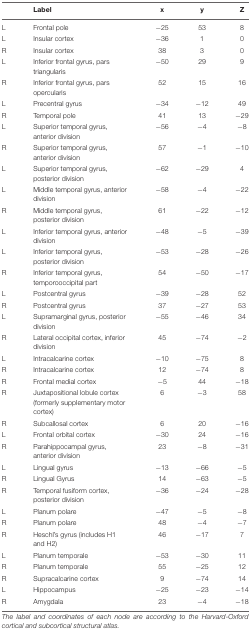
<table><thead><tr><td></td><td><b>Label</b></td><td><b>x</b></td><td><b>y</b></td><td><b>Z</b></td></tr></thead><tbody><tr><td>L</td><td>Frontal pole</td><td>–25</td><td>53</td><td>8</td></tr><tr><td>L</td><td>Insular cortex</td><td>–36</td><td>1</td><td>0</td></tr><tr><td>R</td><td>Insular cortex</td><td>38</td><td>3</td><td>0</td></tr><tr><td>L</td><td>Inferior frontal gyrus, pars triangularis</td><td>–50</td><td>29</td><td>9</td></tr><tr><td>R</td><td>Inferior frontal gyrus, pars opercularis</td><td>52</td><td>15</td><td>16</td></tr><tr><td>L</td><td>Precentral gyrus</td><td>–34</td><td>–12</td><td>49</td></tr><tr><td>R</td><td>Temporal pole</td><td>41</td><td>13</td><td>–29</td></tr><tr><td>L</td><td>Superior temporal gyrus, anterior division</td><td>–56</td><td>–4</td><td>–8</td></tr><tr><td>R</td><td>Superior temporal gyrus, anterior division</td><td>57</td><td>–1</td><td>–10</td></tr><tr><td>L</td><td>Superior temporal gyrus, posterior division</td><td>–62</td><td>–29</td><td>4</td></tr><tr><td>L</td><td>Middle temporal gyrus, anterior division</td><td>–58</td><td>–4</td><td>–22</td></tr><tr><td>R</td><td>Middle temporal gyrus, posterior division</td><td>61</td><td>–22</td><td>–12</td></tr><tr><td>L</td><td>Inferior temporal gyrus, anterior division</td><td>–48</td><td>–5</td><td>–39</td></tr><tr><td>L</td><td>Inferior temporal gyrus, posterior division</td><td>–53</td><td>–28</td><td>–26</td></tr><tr><td>R</td><td>Inferior temporal gyrus, temporooccipital part</td><td>54</td><td>–50</td><td>–17</td></tr><tr><td>L</td><td>Postcentral gyrus</td><td>–39</td><td>–28</td><td>52</td></tr><tr><td>R</td><td>Postcentral gyrus</td><td>37</td><td>–27</td><td>53</td></tr><tr><td>L</td><td>Supramarginal gyrus, posterior division</td><td>–55</td><td>–46</td><td>34</td></tr><tr><td>R</td><td>Lateral occipital cortex, inferior division</td><td>45</td><td>–74</td><td>–2</td></tr><tr><td>L</td><td>Intracalcarine cortex</td><td>–10</td><td>–75</td><td>8</td></tr><tr><td>R</td><td>Intracalcarine cortex</td><td>12</td><td>–74</td><td>8</td></tr><tr><td>R</td><td>Frontal medial cortex</td><td>–5</td><td>44</td><td>–18</td></tr><tr><td>R</td><td>Juxtapositional lobule cortex (formerly supplementary motor cortex)</td><td>6</td><td>–3</td><td>58</td></tr><tr><td>R</td><td>Subcallosal cortex</td><td>6</td><td>20</td><td>–16</td></tr><tr><td>L</td><td>Frontal orbital cortex</td><td>–30</td><td>24</td><td>–16</td></tr><tr><td>R</td><td>Parahippocampal gyrus, anterior division</td><td>23</td><td>–8</td><td>–31</td></tr><tr><td>L</td><td>Lingual gyrus</td><td>–13</td><td>–66</td><td>–5</td></tr><tr><td>R</td><td>Lingual Gyrus</td><td>14</td><td>–63</td><td>–5</td></tr><tr><td>R</td><td>Temporal fusiform cortex, posterior division</td><td>–36</td><td>–24</td><td>–28</td></tr><tr><td>L</td><td>Planum polare</td><td>–47</td><td>–5</td><td>–8</td></tr><tr><td>R</td><td>Planum polare</td><td>48</td><td>–4</td><td>–7</td></tr><tr><td>R</td><td>Heschl’s gyrus (includes H1 and H2)</td><td>46</td><td>–17</td><td>7</td></tr><tr><td>L</td><td>Planum temporale</td><td>–53</td><td>–30</td><td>11</td></tr><tr><td>R</td><td>Planum temporale</td><td>55</td><td>–25</td><td>12</td></tr><tr><td>R</td><td>Supracalcarine cortex</td><td>9</td><td>–74</td><td>14</td></tr><tr><td>L</td><td>Hippocampus</td><td>–25</td><td>–23</td><td>–14</td></tr><tr><td>R</td><td>Amygdala</td><td>23</td><td>–4</td><td>–18</td></tr></tbody></table>